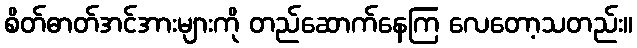
စိတ်ဓာတ်အင်အားများကို တည်ဆောက်နေကြ လေတော့သတည်း။